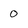
Character: 0